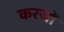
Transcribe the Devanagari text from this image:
करजों